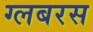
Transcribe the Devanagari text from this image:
ग्लबरस